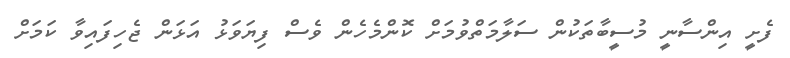
ފެށީ އިންސާނީ މުސީބާތަކުން ސަލާމަތްވުމަށް ކޮންމެހެން ވެސް ފިޔަވަޅު އަޅަން ޖެހިފައިވާ ކަމަށް